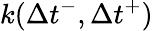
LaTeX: k(\Delta{t}^{-},\Delta{t}^{+})